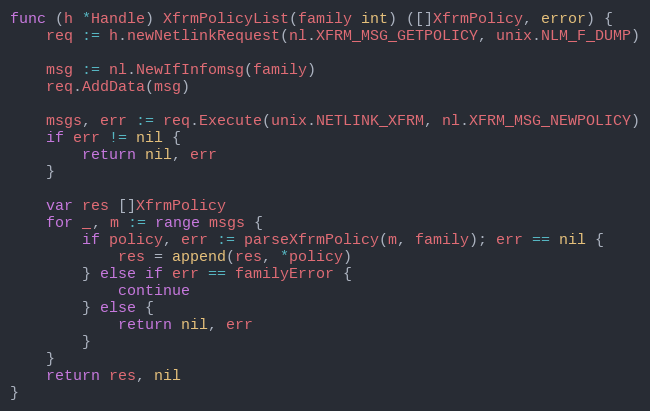
Language: Go
func (h *Handle) XfrmPolicyList(family int) ([]XfrmPolicy, error) {
	req := h.newNetlinkRequest(nl.XFRM_MSG_GETPOLICY, unix.NLM_F_DUMP)

	msg := nl.NewIfInfomsg(family)
	req.AddData(msg)

	msgs, err := req.Execute(unix.NETLINK_XFRM, nl.XFRM_MSG_NEWPOLICY)
	if err != nil {
		return nil, err
	}

	var res []XfrmPolicy
	for _, m := range msgs {
		if policy, err := parseXfrmPolicy(m, family); err == nil {
			res = append(res, *policy)
		} else if err == familyError {
			continue
		} else {
			return nil, err
		}
	}
	return res, nil
}